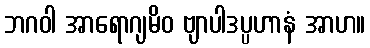
ဘဂဝါ အာရောဂျမိဝ ဗျာပါဒပ္ပဟာနံ အာဟ။